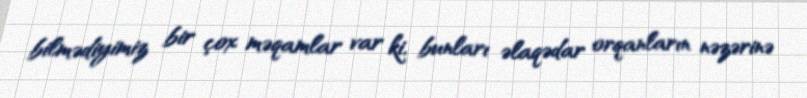
bilmədiyimiz bir çox məqamlar var ki, bunları əlaqədar orqanların nəzərinə